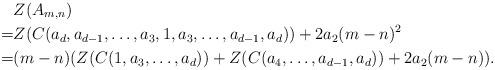
LaTeX: \begin{align*} &Z(A_{m,n}) \\=&Z(C(a_d,a_{d-1},\ldots,a_3,1,a_3,\ldots,a_{d-1},a_d))+2a_2(m-n)^2\\=& (m-n)(Z(C(1,a_3,\ldots,a_d))+ Z(C(a_4,\ldots,a_{d-1},a_d))+2a_2(m-n)).\end{align*}